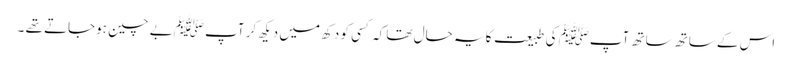
اس کے ساتھ ساتھ آپﷺ کی طبیعت کا یہ حال تھا کہ کسی کو دکھ میں دیکھ کر آپ ﷺبے چین ہوجاتے تھے ۔